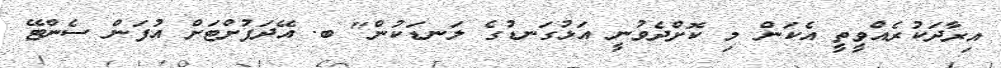
އިރާދަކުރެއްވީތީ އެކަން މި ކޮށްދެވުނީ އަޅުގަނޑުގެ ލަނޑަކުން" ބ. އޭދަފުށްޓަށް އުފަން ސެންޓޭ